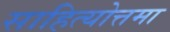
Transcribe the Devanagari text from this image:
साहित्योत्तमा